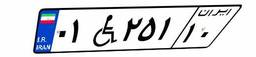
۰۱W۲۵۱۱۰